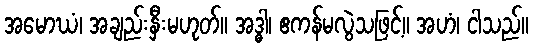
အမောဃံ၊ အချည်းနှီးမဟုတ်။ အဒ္ဓါ၊ ဧကန်မလွဲသဖြင့်။ အဟံ၊ ငါသည်။